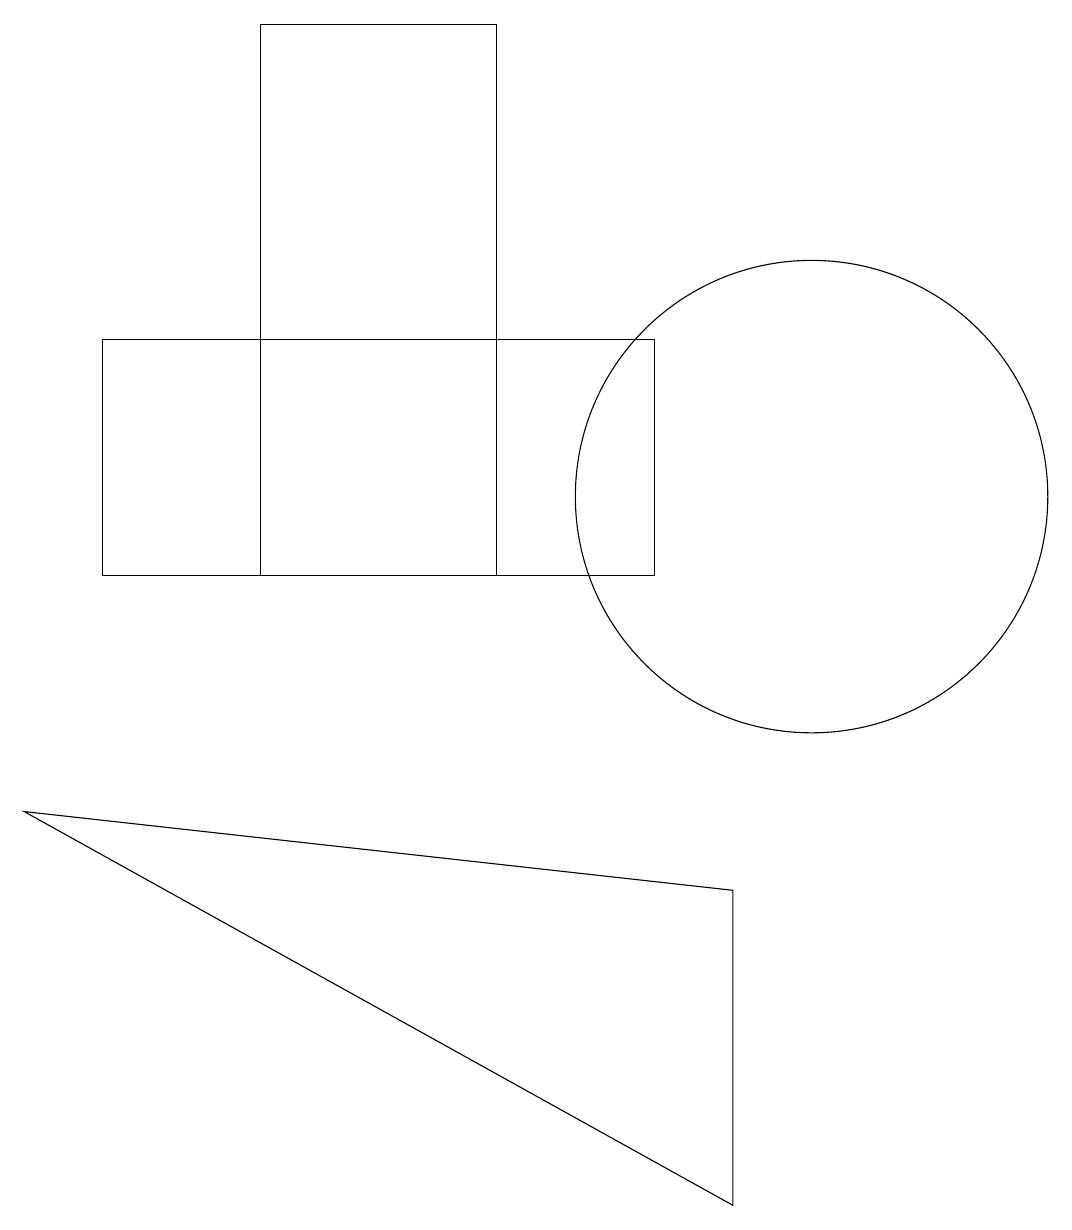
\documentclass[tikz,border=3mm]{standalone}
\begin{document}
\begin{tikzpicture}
\draw (8,14) rectangle (1,11);
\draw (6,18) rectangle (3,11);
\draw (9,7) -- (9,3) -- (0,8) -- cycle;
\draw (10,12) circle (3);
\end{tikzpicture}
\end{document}